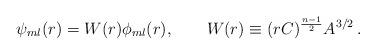
LaTeX: \begin{align*}\psi_{ml}(r)=W(r)\phi_{ml}(r),\qquad W(r)\equiv (rC)^{n-1\over 2}A^{3/2}\, .\end{align*}